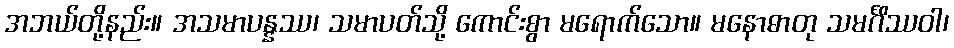
အဘယ်တို့နည်း။ အသမာပန္နဿ၊ သမာပတ်သို့ ကောင်းစွာ မရောက်သော။ မနောဓာတု သမင်္ဂိဿဝါ၊